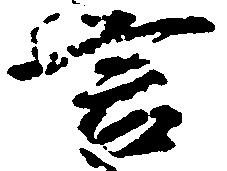
言